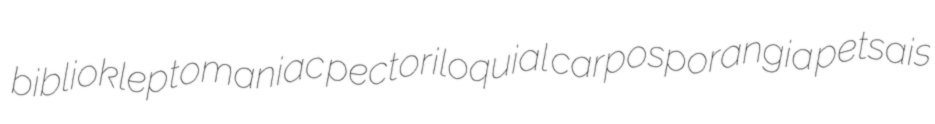
bibliokleptomaniac pectoriloquial carposporangia petsais